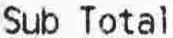
SUB TOTAL